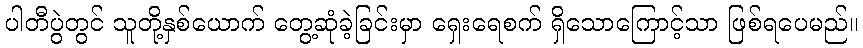
ပါတီပွဲတွင် သူတို့နှစ်ယောက် တွေ့ဆုံခဲ့ခြင်းမှာ ရှေးရေစက် ရှိသောကြောင့်သာ ဖြစ်ရပေမည်။